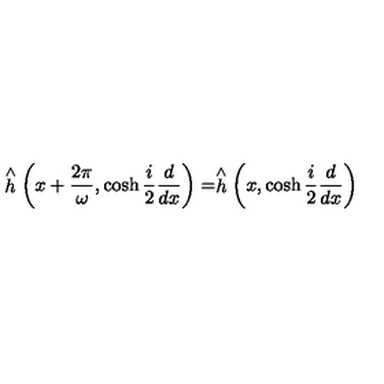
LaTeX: \stackrel { \wedge } { h } \left( x + \frac { 2 \pi } { \omega } , \cosh \frac { i } { 2 } \frac { d } { d x } \right) = \stackrel { \wedge } { h } \left( x , \cosh \frac { i } { 2 } \frac { d } { d x } \right)